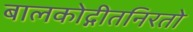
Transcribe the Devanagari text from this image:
बालकोद्गीतनिरतो